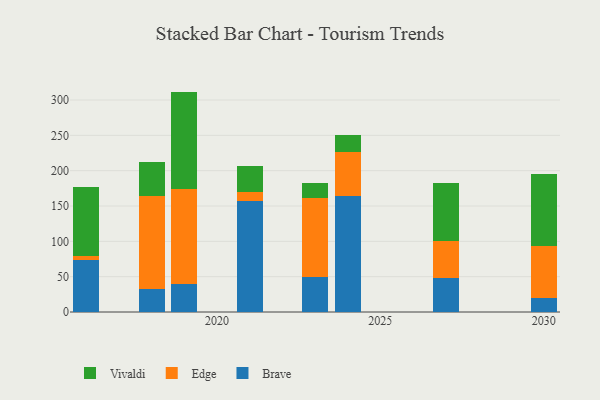
{"axis": {"x": "Year", "y": "Latency (ms)"}, "legend": ["Brave", "Edge", "Vivaldi"], "data": [{"x": "2030", "y": 20.0, "type": "Brave"}, {"x": "2030", "y": 73.2, "type": "Edge"}, {"x": "2030", "y": 102.6, "type": "Vivaldi"}, {"x": "2018", "y": 33.2, "type": "Brave"}, {"x": "2018", "y": 130.5, "type": "Edge"}, {"x": "2018", "y": 49.1, "type": "Vivaldi"}, {"x": "2016", "y": 74.0, "type": "Brave"}, {"x": "2016", "y": 5.0, "type": "Edge"}, {"x": "2016", "y": 98.4, "type": "Vivaldi"}, {"x": "2021", "y": 157.4, "type": "Brave"}, {"x": "2021", "y": 12.2, "type": "Edge"}, {"x": "2021", "y": 36.8, "type": "Vivaldi"}, {"x": "2019", "y": 39.7, "type": "Brave"}, {"x": "2019", "y": 134.1, "type": "Edge"}, {"x": "2019", "y": 138.1, "type": "Vivaldi"}, {"x": "2023", "y": 50.0, "type": "Brave"}, {"x": "2023", "y": 111.8, "type": "Edge"}, {"x": "2023", "y": 21.4, "type": "Vivaldi"}, {"x": "2027", "y": 48.6, "type": "Brave"}, {"x": "2027", "y": 51.2, "type": "Edge"}, {"x": "2027", "y": 82.7, "type": "Vivaldi"}, {"x": "2024", "y": 163.7, "type": "Brave"}, {"x": "2024", "y": 62.8, "type": "Edge"}, {"x": "2024", "y": 23.4, "type": "Vivaldi"}]}